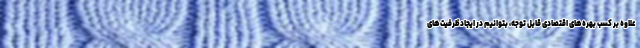
علاوه بر کسب بهره‌های اقتصادی قابل توجه، بتوانیم در ایجاد ظرفیت‌های